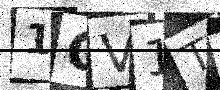
Text: 1OV1TA